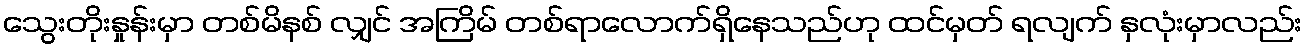
သွေးတိုးနှုန်းမှာ တစ်မိနစ် လျှင် အကြိမ် တစ်ရာလောက်ရှိနေသည်ဟု ထင်မှတ် ရလျက် နှလုံးမှာလည်း